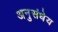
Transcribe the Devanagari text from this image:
अनुसंधेय